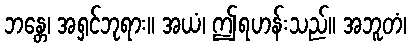
ဘန္တေ၊ အရှင်ဘုရား။ အယံ၊ ဤရဟန်းသည်။ အဘူတံ၊